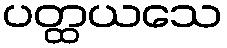
ပတ္ထယသေ